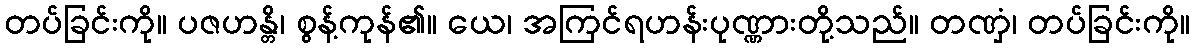
တပ်ခြင်းကို။ ပဇဟန္တိ၊ စွန့်ကုန်၏။ ယေ၊ အကြင်ရဟန်းပုဏ္ဏားတို့သည်။ တဏှံ၊ တပ်ခြင်းကို။